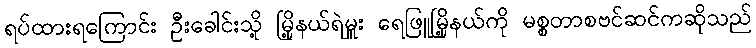
ရပ်ထားရကြောင်း ဦးခေါင်းသို့ မြို့နယ်ရဲမှူး ရေဖြူမြို့နယ်ကို မစ္စတာစဗင်ဆင်ကဆိုသည်